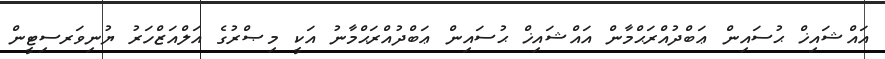
އައްޝައިޚް ޙުސައިން ޢަބްދުއްރަޙްމާން އައްޝައިޚް ޙުސައިން ޢަބްދުއްރަޙްމާނު އަކީ މިޞްރުގެ އަލްއަޒްހަރު ޔުނިވަރސިޓީން